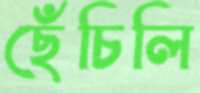
ছেঁচিলি